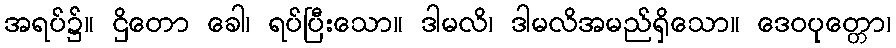
အရပ်၌။ ဌိတော ခေါ၊ ရပ်ပြီးသော။ ဒါမလိ၊ ဒါမလိအမည်ရှိသော။ ဒေဝပုတ္တော၊